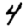
Digit: 4